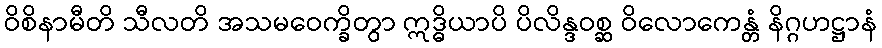
ဝိစိနာမီတိ သီလတိ အသမဝေက္ခိတွာ ဣဒ္ဓိယာပိ ပိလိန္ဒဝစ္ဆ ဝိလောကေန္တံ နိဂ္ဂဟဋ္ဌာနံ